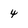
Character: 4